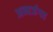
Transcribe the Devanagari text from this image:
अन्तर्जगत